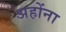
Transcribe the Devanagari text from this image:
अहोंना